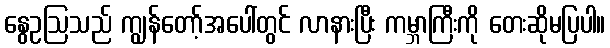
နွေဥဩသည် ကျွန်တော့်အပေါ်တွင် လာနားပြီး ကမ္ဘာကြီးကို တေးဆိုမပြပါ။